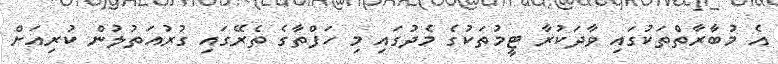
އެ މުބާރާތްތަކުގައި ވާދަކުރާ ޓީމުތަކުގެ މެދުގައި މި ހަފްތާގެ ތެރޭގައި ގުރުއަތުލުން ކުރިއަށް